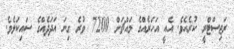
ރަޖިސްޓްރީ ކުރެއެވެ. އެއީ އަހަރެއްގެ މައްޗަށް 7200 ވުރެ ގިނަ އަދަދެއްގެ ސައިކަލެވެ.